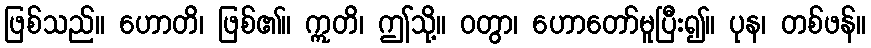
ဖြစ်သည်။ ဟောတိ၊ ဖြစ်၏။ ဣတိ၊ ဤသို့။ ဝတွာ၊ ဟောတော်မူပြီး၍။ ပုန၊ တစ်ဖန်။